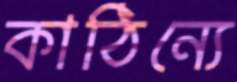
কাঠিন্যে